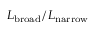
L _ { \mathrm { b r o a d } } / L _ { \mathrm { n a r r o w } }